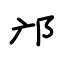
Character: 邝